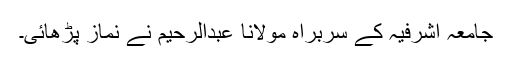
جامعہ اشرفیہ کے سربراہ مولانا عبدالرحیم نے نماز پڑھائی۔